Scottish Certificate of Education, 1963
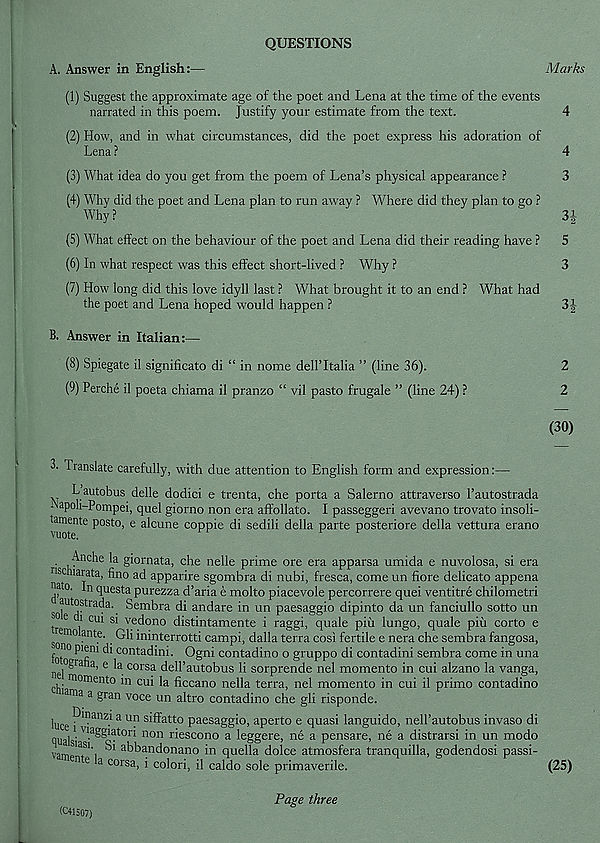
A. Answer in English:
QUESTIONS
Marks
(1) Suggest the approximate age of the poet and Lena at the time of the events
narrated in this poem. Justify your estimate from the text.
4
(2) How, and in what circumstances, did the poet express his adoration of
Lena ?
4
(3) What idea do you get from the poem of Lena’s physical appearance ?
3
(4) Why did the poet and Lena plan to run away ? Where did they plan to go ?
Why ?
3
(5) What effect on the behaviour of the poet and Lena did their reading have ? 5
(6) In what respect was this effect short-lived ? Why ?
3
(7) How long did this love idyll last ? What brought it to an end ? What had
the poet and Lena hoped would happen ?
3
B. Answer in Italian:—
(8) Spiegate il significato di “ in nome deH’Italia ” (line 36).
2
(9) Perche il poeta chiama il pranzo “ vil pasto frugale ” (line 24) ?
2
(30)
3. Translate carefully, with due attention to English form and expression:—
L autobus delle dodici e trenta, che porta a Salerno attraverso Tautostrada
r la P°h-Pompei, quel giorno non era affollato. I passeggeri avevano trovato insoli-
tamente posto, e alcune coppie di sedili della parte posteriore della vettura erano
Anche la giornata, che nelle prime ore era apparsa umida e nuvolosa, si era
rlbC lla^ata , fino ad apparire sgombra di nubi, fresca, come un fiore delicate appena
^ o. In questa purezza d’aria e molto piacevole percorrere quei ventitre chilometri
sokfrT tra<^a ' Sembra di andare in un paesaggio dipinto da un fanciullo sotto un
b e i cm si vedono distintamente i raggi, quale piu lungo, quale piu corto e
sono° ant ' e " • ^ ininterrotti campi, dalla terra cosi fertile e nera che sembra fangosa,
lof 10^ contac^na - Og n i contadino o gruppo di contadini sembra come in una
nei°® ratla , e ^a. cor sa dell’autobus li sorprende nel momento in cui alzano la vanga,
chi momento ' n cu i la ficcano nella terra, nel momento in cui il primo contadino
ama a § ran voc e un altro contadino che gli risponde.
i.. P'°a nz j a un siffatto paesaggio, aperto e quasi languido, nell’autobus invaso di
1 Vlaffpiqtnri
1
' _
' „ i
• •
i Maggiatori non riescono a leggere, ne a pensare, ne a distrarsi in un modo
vamp'T' i
abbandonano in quella dolce atmosfera tranquilla, godendosi passi
n e a corsa, i colori, il caldo sole primaverile.
(25)
(C41507)
Page three
tO| M
t5|M